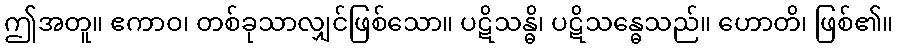
ဤအတူ။ ဧကာဝ၊ တစ်ခုသာလျှင်ဖြစ်သော။ ပဋိသန္ဓိ၊ ပဋိသန္ဓေသည်။ ဟောတိ၊ ဖြစ်၏။